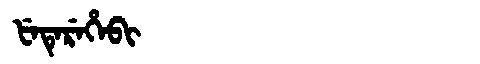
Manchu: ᡶᡝᡨᡝᡵᡝᡥᡝᠪᡳ
Romanization: FETEREHEBI